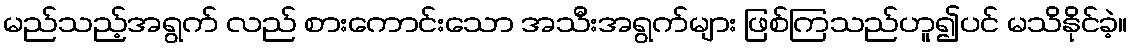
မည်သည့်အရွက် လည် စားကောင်းသော အသီးအရွက်များ ဖြစ်ကြသည်ဟူ၍ပင် မသိနိုင်ခဲ့။